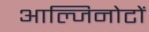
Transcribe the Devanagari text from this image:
आल्जिनोटों